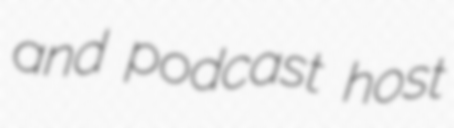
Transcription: and podcast host